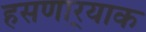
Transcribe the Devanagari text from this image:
हसणार्‍याक